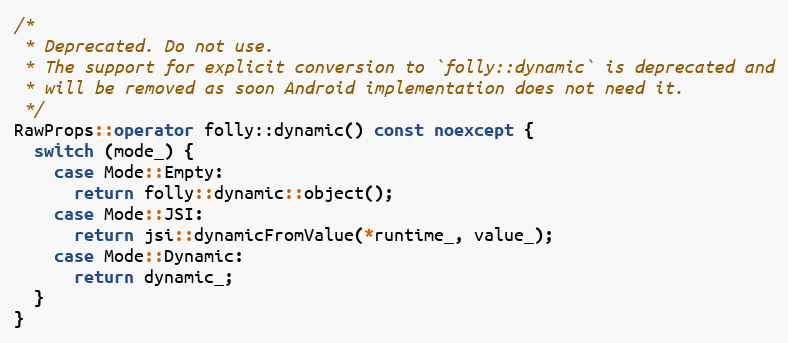
Language: C++
/*
 * Deprecated. Do not use.
 * The support for explicit conversion to `folly::dynamic` is deprecated and
 * will be removed as soon Android implementation does not need it.
 */
RawProps::operator folly::dynamic() const noexcept {
  switch (mode_) {
    case Mode::Empty:
      return folly::dynamic::object();
    case Mode::JSI:
      return jsi::dynamicFromValue(*runtime_, value_);
    case Mode::Dynamic:
      return dynamic_;
  }
}